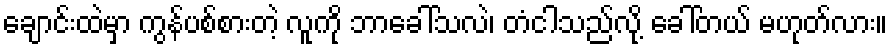
ချောင်းထဲမှာ ကွန်ပစ်စားတဲ့ လူကို ဘာခေါ်သလဲ၊ တံငါသည်လို့ ခေါ်တယ် မဟုတ်လား။